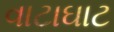
વાટાઘાટ